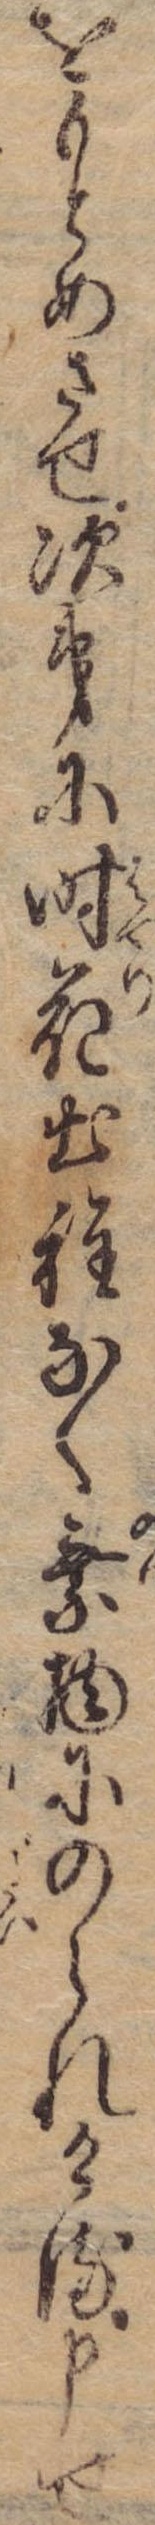
をもとめさせ次第に時花出程なく乗物にのられける申せ